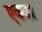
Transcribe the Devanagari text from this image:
एक्या